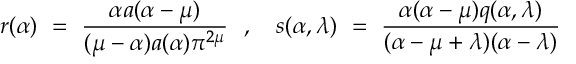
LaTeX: r ( \alpha ) ~ = ~ \frac { \alpha a ( \alpha - \mu ) } { ( \mu - \alpha ) a ( \alpha ) \pi ^ { 2 \mu } } { } ~ ~ , ~ ~ ~ s ( \alpha , \lambda ) ~ = ~ \frac { \alpha ( \alpha - \mu ) q ( \alpha , \lambda ) } { ( \alpha - \mu + \lambda ) ( \alpha - \lambda ) }